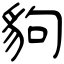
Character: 豿